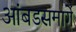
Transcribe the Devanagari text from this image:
आंबडसमार्गे